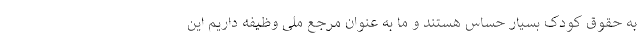
به حقوق کودک بسیار حساس هستند و ما به عنوان مرجع ملی وظیفه داریم این